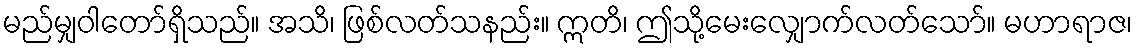
မည်မျှဝါတော်ရှိသည်။ အသိ၊ ဖြစ်လတ်သနည်း။ ဣတိ၊ ဤသို့မေးလျှောက်လတ်သော်။ မဟာရာဇ၊